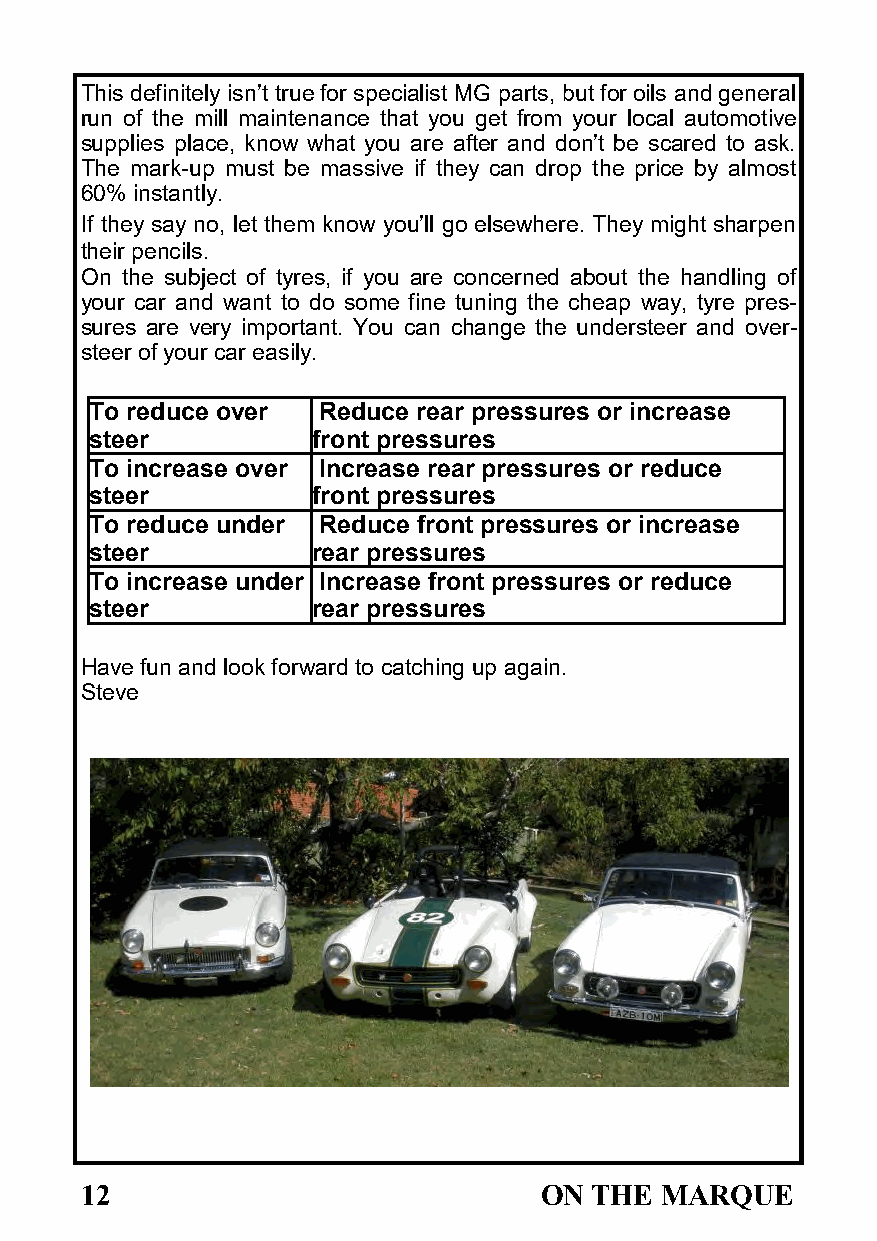
This definitely isn’t true for specialist MG parts, but for oils and general
 run of the mill maintenance that you get from your local automotive
 supplies place, know what you are after and don’t be scared to ask.
 The mark-up must be massive if they can drop the price by almost
 60% instantly.
 If they say no, let them know you’ll go elsewhere. They might sharpen
 their pencils.
 On the subject of tyres, if you are concerned about the handling of
 your car and want to do some fine tuning the cheap way, tyre pres-
 sures are very important. You can change the understeer and over-
 steer of your car easily.
 To reduce over Reduce rear pressures or increase
 steer          front pressures
 To increase over Increase rear pressures or reduce
 steer          front pressures
 To reduce under Reduce front pressures or increase
 steer          rear pressures
 To increase under Increase front pressures or reduce
 steer          rear pressures
 Have fun and look forward to catching up again.
 Steve
 12                             ON THE  MARQUE